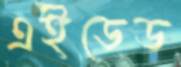
এইডেড